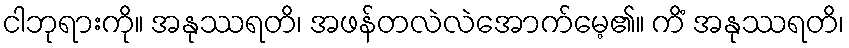
ငါဘုရားကို။ အနုဿရတိ၊ အဖန်တလဲလဲအောက်မေ့၏။ ကိံ အနုဿရတိ၊